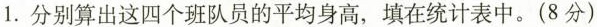
1.分别算出这四个班队员的平均身高，填在统计表中。(8分)